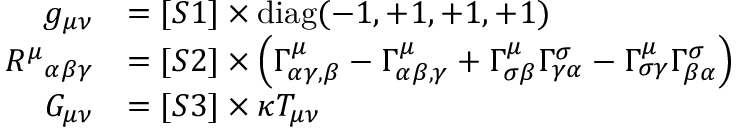
{ \begin{array} { r l } { g _ { \mu \nu } } & { = [ S 1 ] \times \operatorname { d i a g } ( - 1 , + 1 , + 1 , + 1 ) } \\ { { R ^ { \mu } } _ { \alpha \beta \gamma } } & { = [ S 2 ] \times \left( \Gamma _ { \alpha \gamma , \beta } ^ { \mu } - \Gamma _ { \alpha \beta , \gamma } ^ { \mu } + \Gamma _ { \sigma \beta } ^ { \mu } \Gamma _ { \gamma \alpha } ^ { \sigma } - \Gamma _ { \sigma \gamma } ^ { \mu } \Gamma _ { \beta \alpha } ^ { \sigma } \right) } \\ { G _ { \mu \nu } } & { = [ S 3 ] \times \kappa T _ { \mu \nu } } \end{array} }